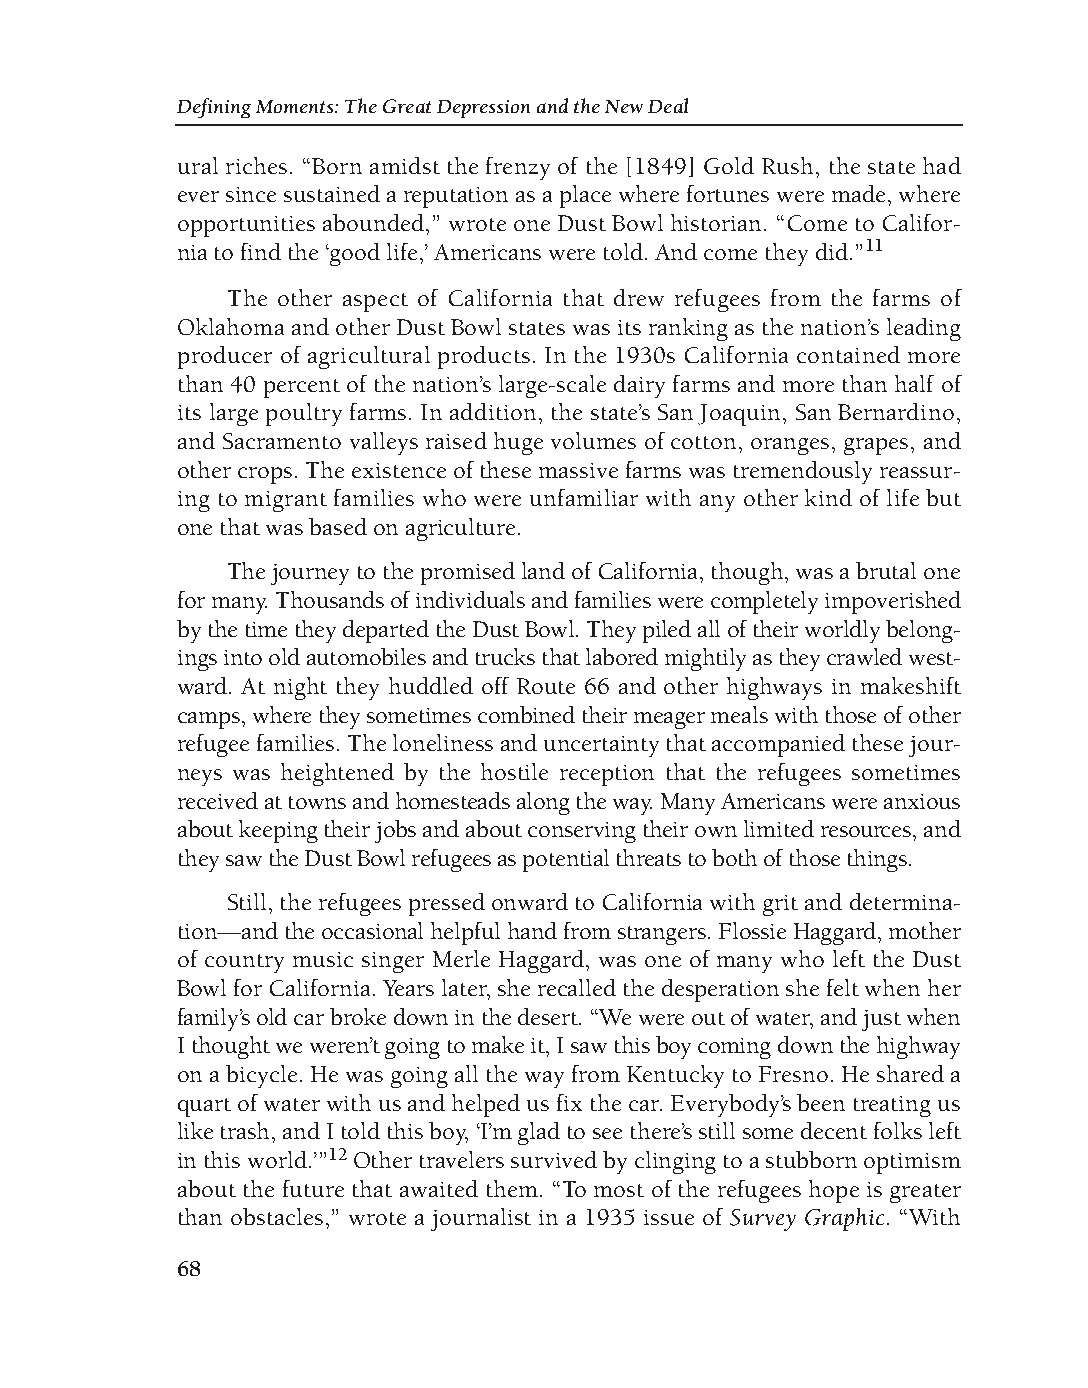
DM - Depression 9/19/08 3:56 PM Page 68
 Defining Moments: The Great Depression and the New Deal
 ural riches. “Born amidst the frenzy of the [1849] Gold Rush, the state had
 ever since sustained a reputation as a place where fortunes were made, where
 opportunities abounded,” wrote one Dust Bowl historian. “Come to Califor-
 nia to find the ‘good life,’ Americans were told. And come they did.”11
 The other aspect of California that drew refugees from the farms of
 Oklahoma and other Dust Bowl states was its ranking as the nation’s leading
 producer of agricultural products. In the 1930s California contained more
 than 40 percent of the nation’s large-scale dairy farms and more than half of
 its large poultry farms. In addition, the state’s San Joaquin, San Bernardino,
 and Sacramento valleys raised huge volumes of cotton, oranges, grapes, and
 other crops. The existence of these massive farms was tremendously reassur-
 ing to migrant families who were unfamiliar with any other kind of life but
 one that was based on agriculture.
 The journey to the promised land of California, though, was a brutal one
 for many. Thousands of individuals and families were completely impoverished
 by the time they departed the Dust Bowl. They piled all of their worldly belong-
 ings into old automobiles and trucks that labored mightily as they crawled west-
 ward. At night they huddled off Route 66 and other highways in makeshift
 camps, where they sometimes combined their meager meals with those of other
 refugee families. The loneliness and uncertainty that accompanied these jour-
 neys was heightened by the hostile reception that the refugees sometimes
 received at towns and homesteads along the way. Many Americans were anxious
 about keeping their jobs and about conserving their own limited resources, and
 they saw the Dust Bowl refugees as potential threats to both of those things.
 Still, the refugees pressed onward to California with grit and determina-
 tion—and the occasional helpful hand from strangers. Flossie Haggard, mother
 of country music singer Merle Haggard, was one of many who left the Dust
 Bowl for California. Years later, she recalled the desperation she felt when her
 family’s old car broke down in the desert. “We were out of water, and just when
 I thought we weren’t going to make it, I saw this boy coming down the highway
 on a bicycle. He was going all the way from Kentucky to Fresno. He shared a
 quart of water with us and helped us fix the car. Everybody’s been treating us
 like trash, and I told this boy, ‘I’m glad to see there’s still some decent folks left
 in this world.’”12Other travelers survived by clinging to a stubborn optimism
 about the future that awaited them. “To most of the refugees hope is greater
 than obstacles,” wrote a journalist in a 1935 issue of Survey Graphic. “With
 68